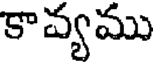
కావ్యము